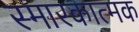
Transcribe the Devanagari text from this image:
स्मारकात्मक